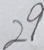
2 9